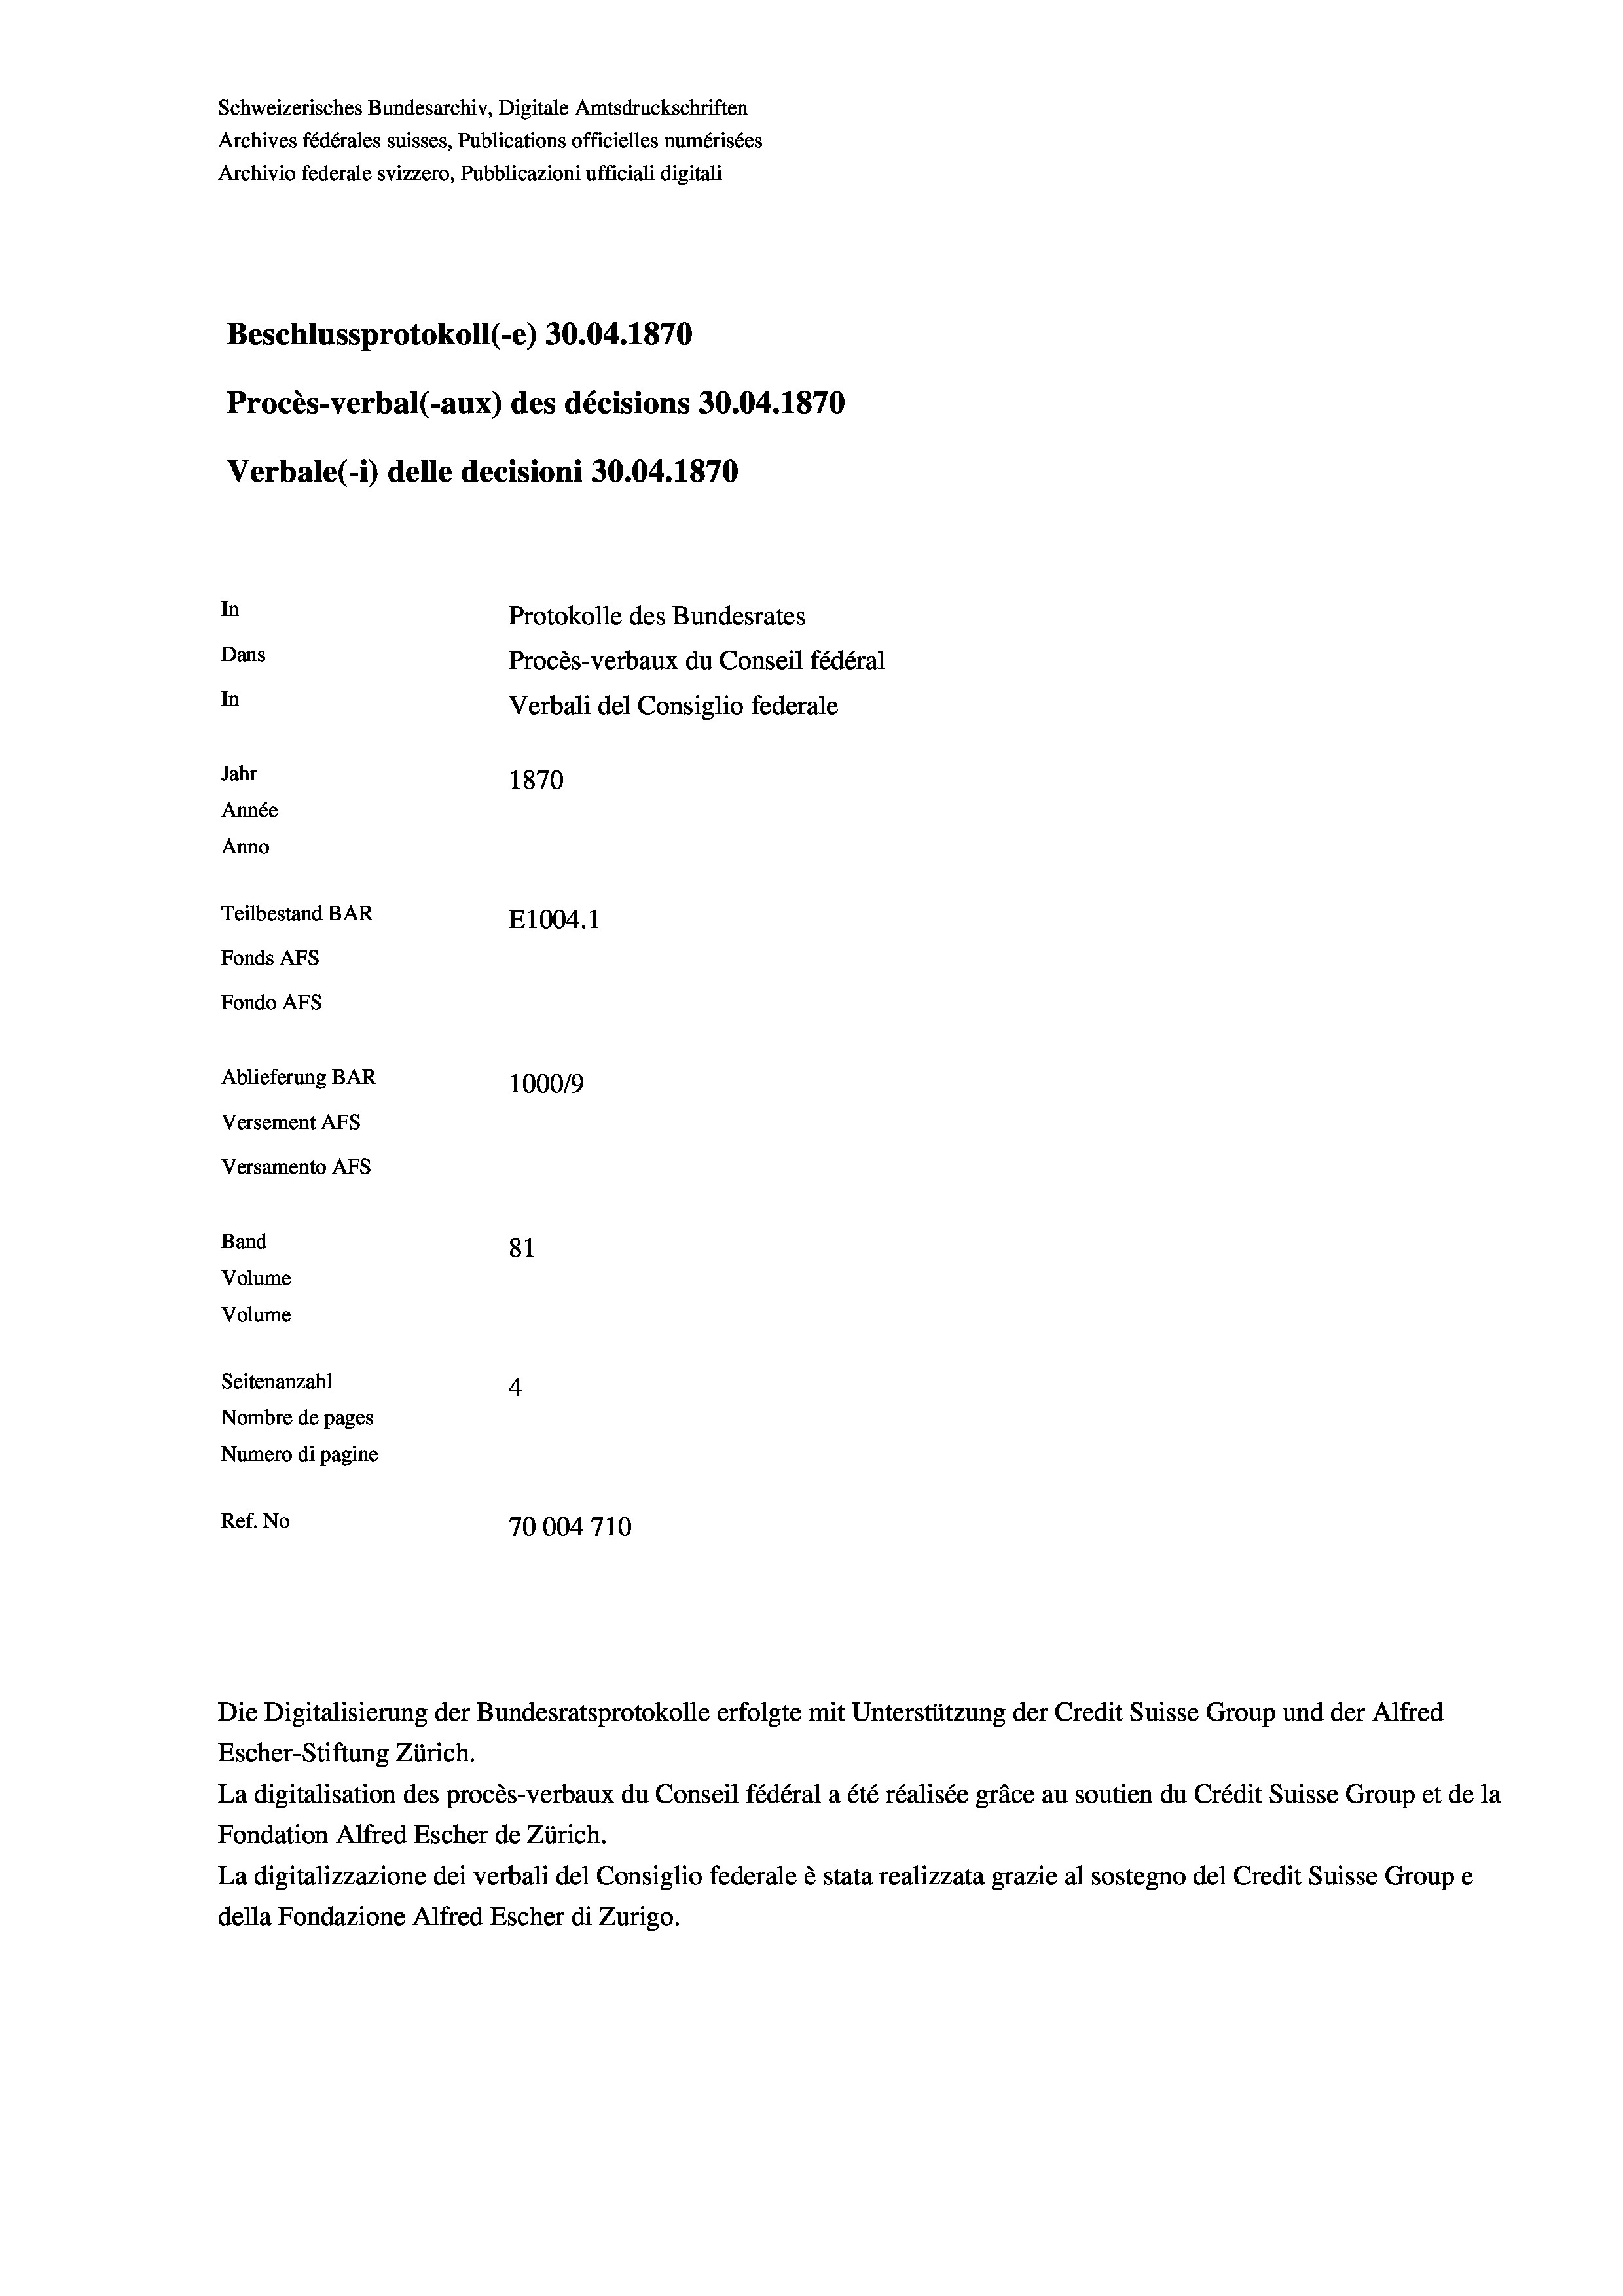
Schweizerisches Bundesarchiv, Digitale Amtsdruckschriften
Archives fédérales suisses, Publications officielles numérisées
Archivio federale svizzero, Pubblicazioni ufficiali digitali
Beschlussprotokoll (-e) 30.04. 1870
Procès-verbal (-aux) des décisions 30.04. 1870
Verbale (i) delle decisioni 30.04. 1870
In
Protokolle des Bundesrates
Dans
Procès-verbaux du Conseil fédéral
In
Verbali del Consiglio federale
Jahr
1870
Année
Anno
Teilbestand BAR
E1004.1
Fonds AEs
Fondo AFs
Ablieferung BAR
100019
Versement AFS
Versamento AFs

81
Seitenanzahl
4
Nombre de pages
Numero di pagine
Ref. No
70004710

Band
Volume
Volume

Escher-Stiftung Zürich.

Die Digitalisierung der Bundesratsprotokolle erfolgte mit Unterstützung der Credit Suisse Group und der Alfred

La digitalisation des procès-verbaux du Conseil fédéral a été réalisée gräce au soutien du Crédit Suisse Group et de la
Fondation Alfred Escher de Zürich.
La digitalizzazione dei verbali del Consiglio federale è stata realizzata grazie al sostegno del Credit Suisse Groupe
della Fondazione Alfred Escher di Zurigo.